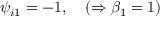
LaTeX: \psi _ { i 1 } = - 1 , \quad ( \Rightarrow \beta _ { 1 } = 1 )